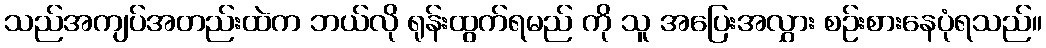
သည်အကျပ်အတည်းထဲက ဘယ်လို ရုန်းထွက်ရမည် ကို သူ အပြေးအလွှား စဉ်းစားနေပုံရသည်။